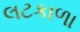
લટકાળા